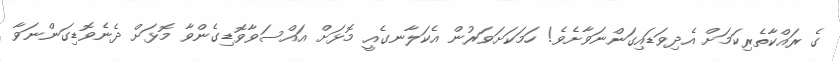
ގެ ރައްކާތެރިކަމަށް އެދިވަޑައިގަންނަވާށެވެ! ހަމަކަށަވަރުން އެކަލާނގެއީ މޮޅަށް އައްސަވާވޮޑިގެންވާ މޮޅަށް ދެނެވޮޑިގަންނަވާ